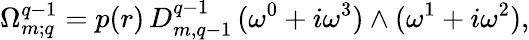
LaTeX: \Omega_{m;q}^{q-1}=p(r)\, D_{m,q-1}^{q-1}\, (\omega^{0}+i\omega^{3})\wedge(\omega^{1}+i\omega^{2}),